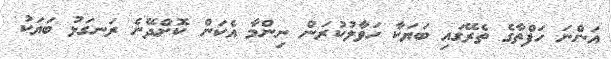
އަންނަ ހަފްތާގެ ތެރޭގައި ބަޔަކާ ހަވާލުކުރަން ނިންމާ އެކަން ކޮށްދޭނެ ރަނގަޅު ބަޔަކު